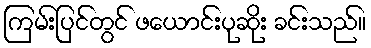
ကြမ်းပြင်တွင် ဖယောင်းပုဆိုး ခင်းသည်။